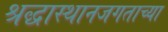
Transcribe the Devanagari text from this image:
श्रद्धास्थानजगताच्या